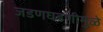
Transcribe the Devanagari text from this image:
जडणघडणीमुळे